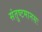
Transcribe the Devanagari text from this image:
संतुष्टमानसः